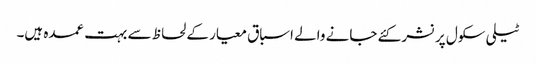
ٹیلی سکول پر نشر کئے جانے والے اسباق معیار کے لحاظ سے بہت عمدہ ہیں۔